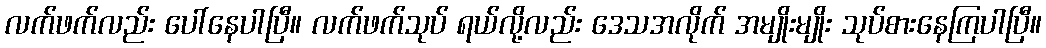
လက်ဖက်လည်း ပေါ်နေပါပြီ။ လက်ဖက်သုပ် ရယ်လို့လည်း ဒေသအလိုက် အမျိုးမျိုး သုပ်စားနေကြပါပြီ။